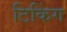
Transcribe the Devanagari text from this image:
टिकिंग